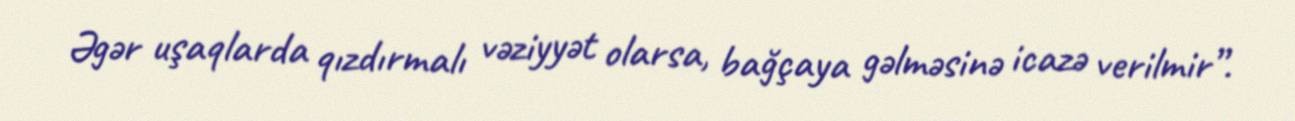
Əgər uşaqlarda qızdırmalı vəziyyət olarsa, bağçaya gəlməsinə icazə verilmir”.